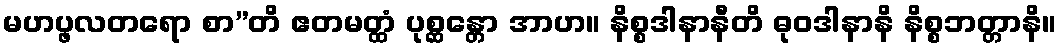
မဟပ္ဖလတရော စာ”တိ ဧတမတ္ထံ ပုစ္ဆန္တော အာဟ။ နိစ္စဒါနာနီတိ ဓုဝဒါနာနိ နိစ္စဘတ္တာနိ။